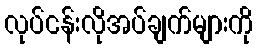
လုပ်ငန်းလိုအပ်ချက်များကို